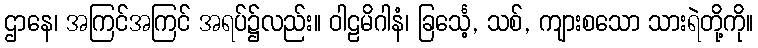
ဌာနေ၊ အကြင်အကြင် အရပ်၌လည်း။ ဝါဠမိဂါနံ၊ ခြင်္သေ့, သစ်, ကျားစသော သားရဲတို့ကို။